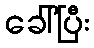
ခေါ်ပြီး